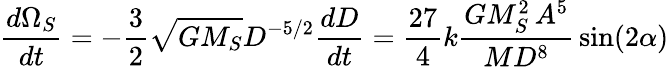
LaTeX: {\frac{d\Omega_{S}}{dt}}=-{\frac{3}{2}}{\sqrt{GM_{S}}}D^{-5/2}{\frac{dD}{dt}}={\frac{27}{4}}k{\frac{GM_{S}^{2}\, A^{5}}{MD^{8}}}\sin(2\alpha)